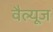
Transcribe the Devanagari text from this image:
वैल्यूज